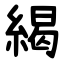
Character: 䋵